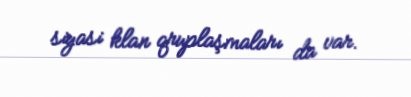
siyasi klan qruplaşmaları da var.